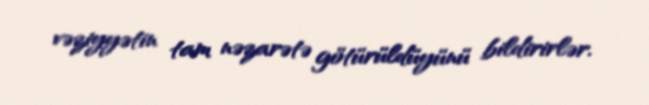
vəziyyətin tam nəzarətə götürüldüyünü bildirirlər.